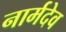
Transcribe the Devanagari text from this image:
नार्मदेव